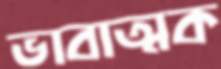
ভাবাত্মক